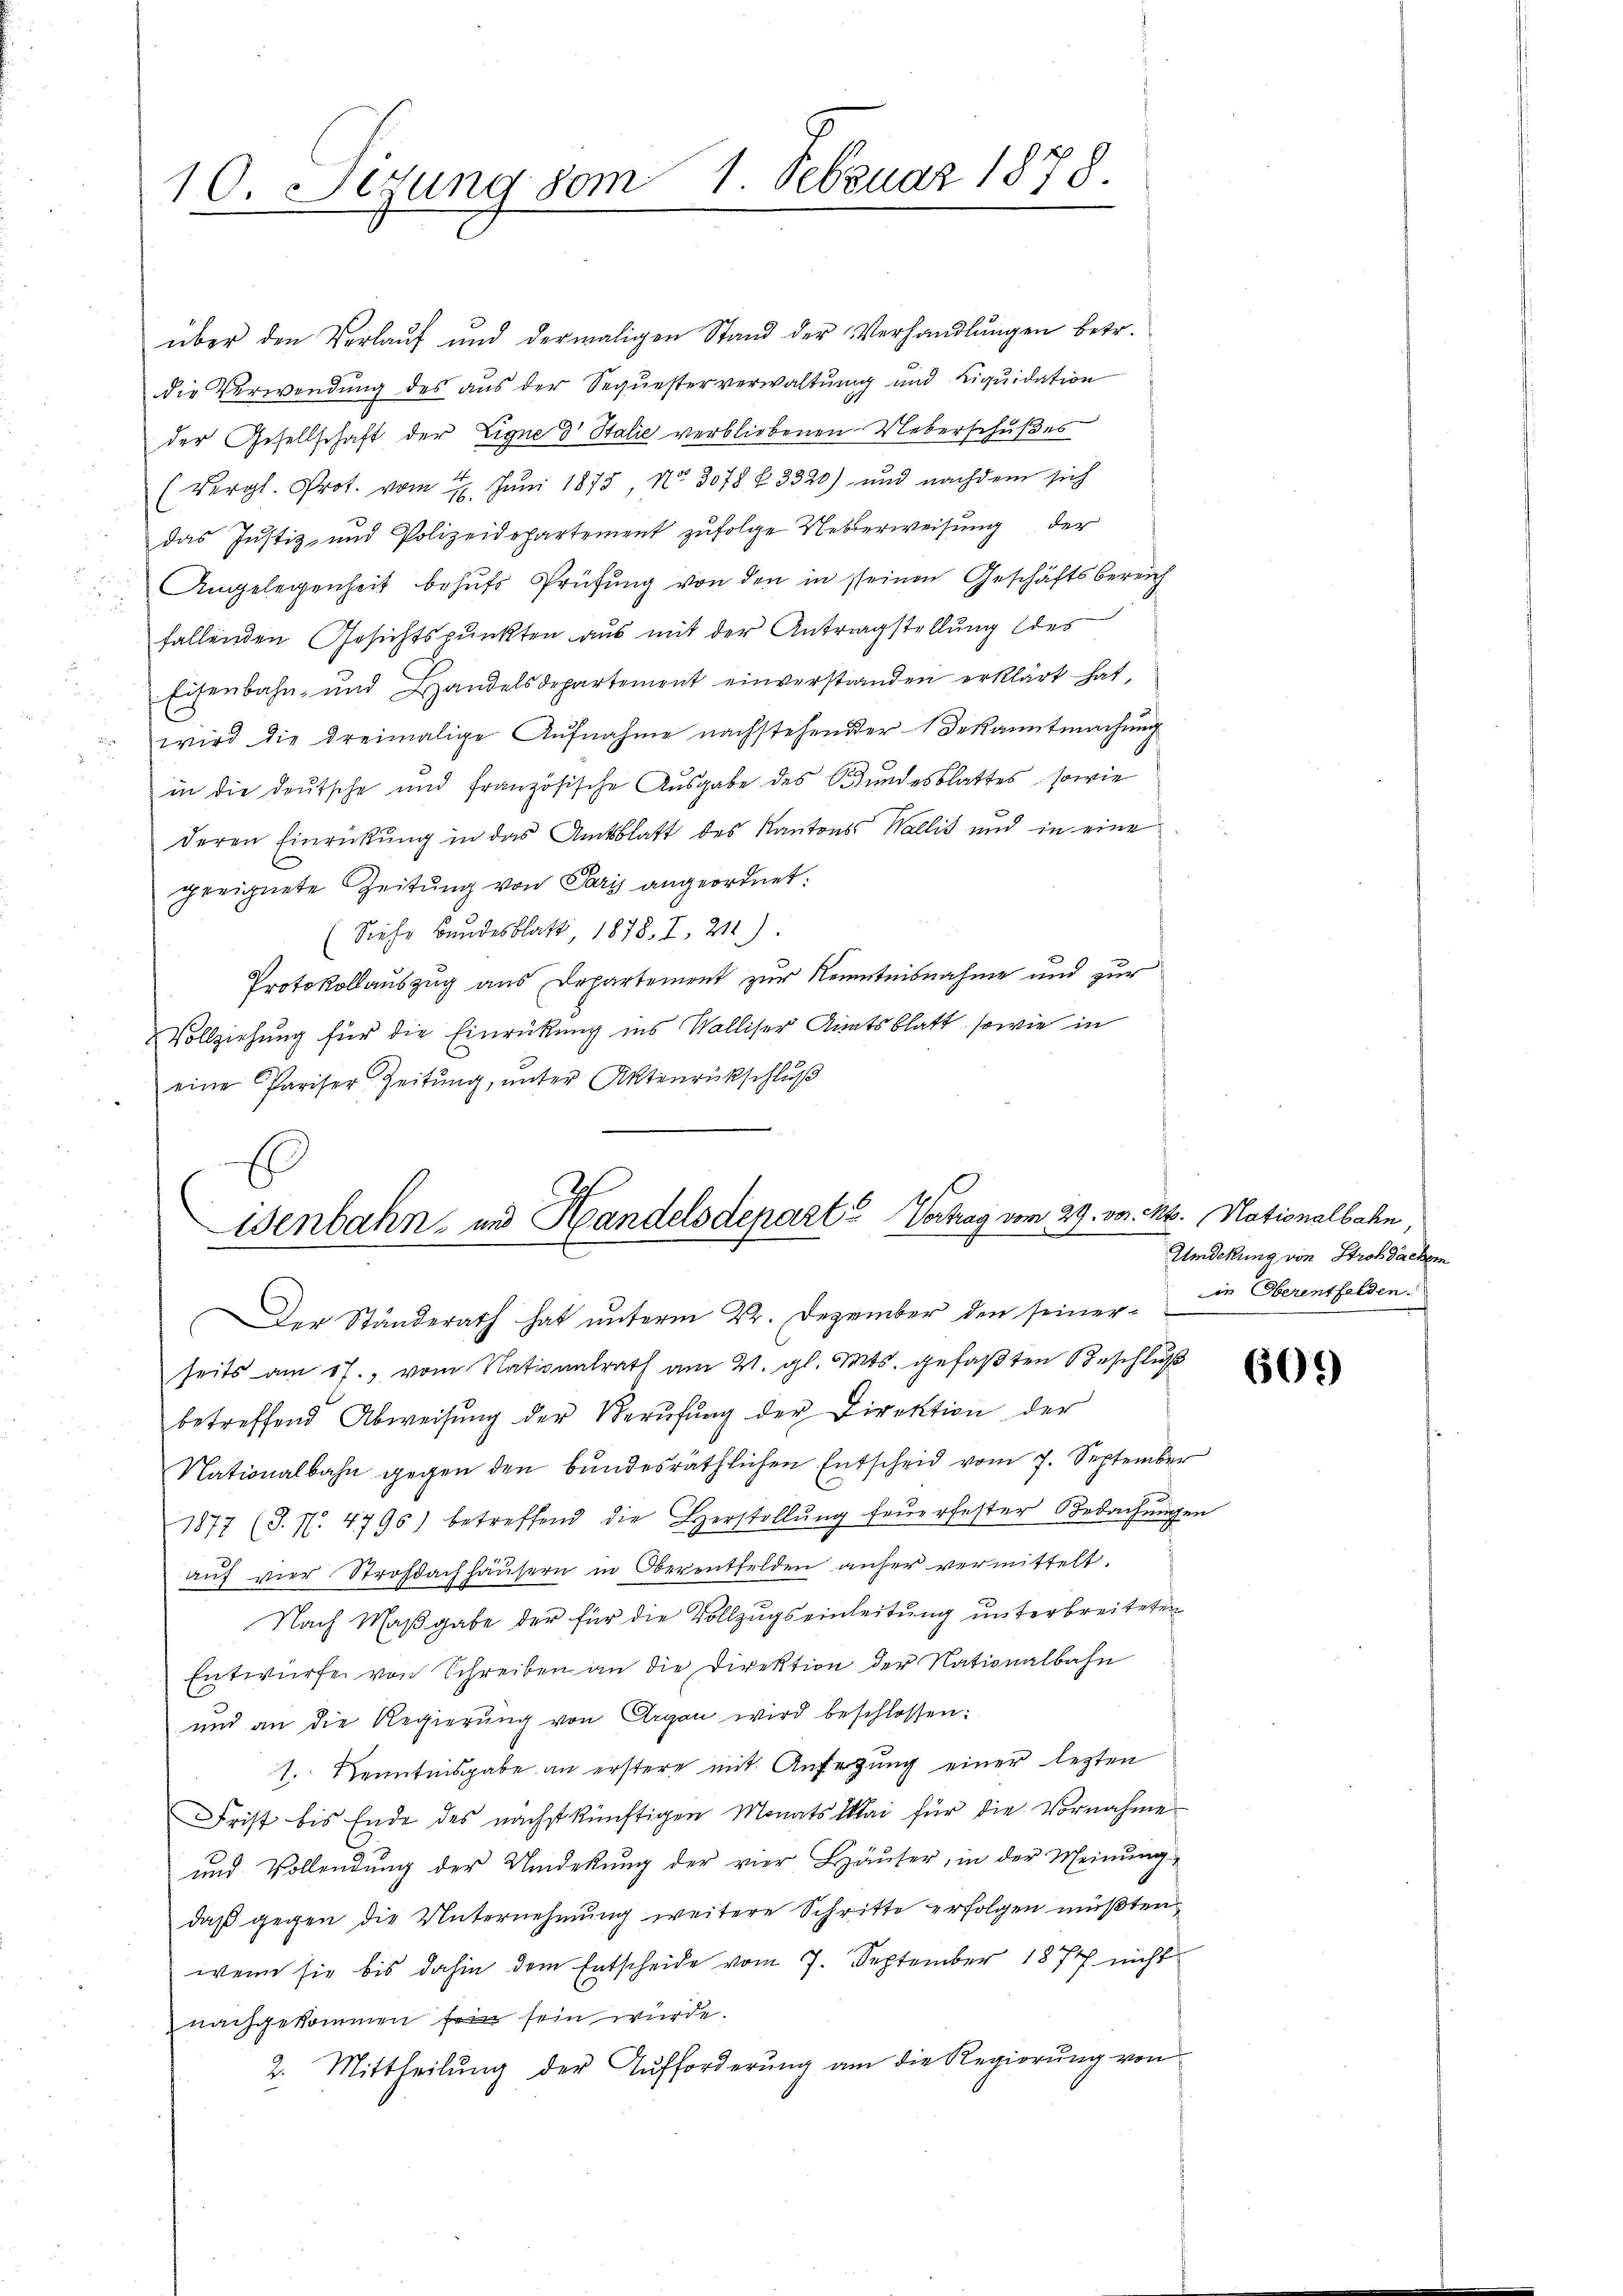
10. Sizung vom 1. Februar 1878.

über den Verlauf und dermaligen Stand der Verhandlungen betr.
die Verwendung des aus der Sequesterverwaltung und Liquidation
der Gesellschaft der Eigne dr Stalie verbliebenen Ueberschußes
(vergl. Prot. vom 14. Juni 1875 No 3078 f. 3320) und nachdem sich
das Justiz, und Polizeidepartement zufolge Ueberweisung der
Angelegenheit behŭfs Prüfŭng von den in seinen Geschäftsbereich
fallenden Gesichtspunkten aus mit der Antragstellung des
Eisenbahn- und Handelsdepartement einverstanden erklärt hat,
wird die dreimalige Aŭfnahme nachstehender Bekanntmachŭng
in die deutsche und französische Ausgabe des Bundesblattes, sowie
deren Einrückung in das Amtsblatt des Kantons Wallis und in eine
geeignete Zeitung von Paris angeordnet:
(Siehe Bandesblatt 1878, I, 211.)
Protokollauszug aus Departement zur Kenntnisnahme und zur
Vollziehung für die Einrückung ins Walliser Amtsblatt, sowie in
eine Pariser Zeitung, unter Aktenrückschluß

E
Wenbahn, und Handelsdeparte Vertrag vom 29. vor. Mt. Nationalbahn
der
b

betreffend Abweisŭng der Berŭfŭng der Direktion der
Nationalbahn gegen den bundesräthlichen Entscheid vom 7. September
1877 (J. P. 4796) betreffend die Herstellŭng feŭerfester Bedachŭngen
auf vier Strohdachhäusern in Oberentfelden anher vermittelt.
Nach Maßgabe der für die Vollzugs einleitung unterbreiteten
Entwürfe von Schreiben an die Direktion der Nationalbahn
und an die Regierŭng von Argau wird beschlossen:
1. Kenntnisgabe an erstere mit Anferung einer lezten
Frist bis Ende des nächstkünftigen Monats Mai für die Vornahme
und Vollendung der Umdekung der vier Häuser, in der Meinung
daß gegen die Unternehmung weitere Schritte erfolgen müßten,
wenn sie bis dahin dem Entscheide vom 7. September 1877 nicht
nachgekommen f sein würde.
2. Mittheilŭng der Aufforderŭng am die Regierŭng von

Der Ständerath hat unterm 22. Dezember den seiner in Oberentfelden.
seits am 17. vom Nationalrath am 21. gl. Mts. gefaßten Beschluß

Umdekung von Stroh Sachem

609